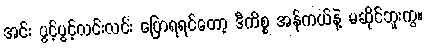
အင်း ပွင့်ပွင့်လင်းလင်း ပြောရရင်တော့ ဒီကိစ္စ အန်ကယ်နဲ့ မဆိုင်ဘူးကွ။